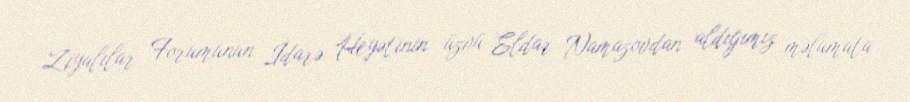
Ziyalılar Forumunun İdarə Heyətinin üzvü Eldar Namazovdan aldığımız məlumata